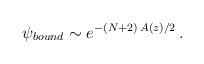
LaTeX: \begin{align*}\psi_{bound}\sim e^{-(N+2)\,A(z)/2}\,.\end{align*}